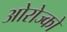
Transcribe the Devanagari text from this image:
ओरोज्को